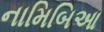
નામિબિઆ